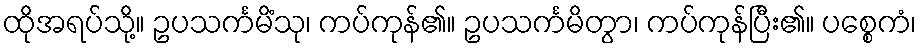
ထိုအရပ်သို့။ ဥပသင်္ကမိံသု၊ ကပ်ကုန်၏။ ဥပသင်္ကမိတွာ၊ ကပ်ကုန်ပြီး၏။ ပစ္စေကံ၊